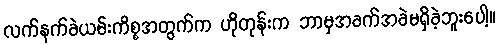
လက်နက်ခဲယမ်းကိစ္စအတွက်က ဟိုတုန်းက ဘာမှအခက်အခဲမရှိခဲ့ဘူးပေါ့။